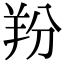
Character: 羒